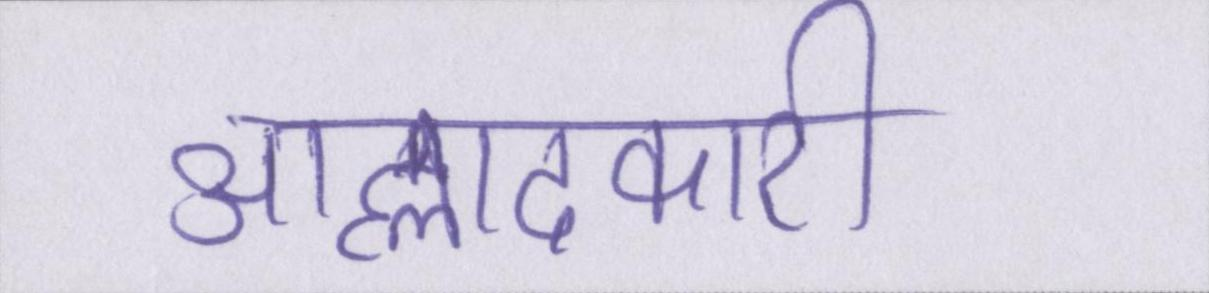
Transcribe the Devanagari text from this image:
आह्लादकारी